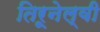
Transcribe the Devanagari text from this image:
तिरूनेल्वी